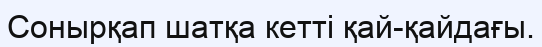
Сонырқап шатқа кетті қай-қайдағы.